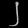
Digit: ၂